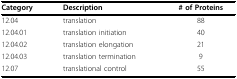
<table><thead><tr><td><b>Category</b></td><td><b>Description</b></td><td><b># of Proteins</b></td></tr></thead><tbody><tr><td>12.04</td><td>translation</td><td>88</td></tr><tr><td>12.04.01</td><td>translation initiation</td><td>40</td></tr><tr><td>12.04.02</td><td>translation elongation</td><td>21</td></tr><tr><td>12.04.03</td><td>translation termination</td><td>9</td></tr><tr><td>12.07</td><td>translational control</td><td>55</td></tr></tbody></table>